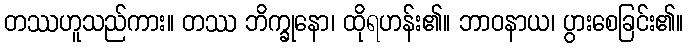
တဿဟူသည်ကား။ တဿ ဘိက္ခုနော၊ ထိုရဟန်း၏။ ဘာဝနာယ၊ ပွားစေခြင်း၏။